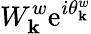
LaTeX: W_{\mathbf{k}}^{w}\mathrm{{e}}^{i\theta_{\mathbf{k}}^{w}}